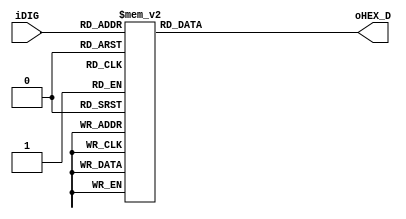
module SEG
(
	iDIG,
	oHEX_D
);

input [3:0] iDIG;
output [6:0] oHEX_D;   
reg [6:0] oHEX_D;

always @(iDIG) 
    begin
			case(iDIG)
			4'h0: oHEX_D <= 7'b1000000; //0  
			4'h1: oHEX_D <= 7'b1111001; //1
			4'h2: oHEX_D <= 7'b0100100; //2
			4'h3: oHEX_D <= 7'b0110000; //3
			4'h4: oHEX_D <= 7'b0011001; //4
			4'h5: oHEX_D <= 7'b0010010; //5
			4'h6: oHEX_D <= 7'b0000010; //6
			4'h7: oHEX_D <= 7'b1111000; //7
			4'h8: oHEX_D <= 7'b0000000; //8
			4'h9: oHEX_D <= 7'b0011000; //9
			4'ha: oHEX_D <= 7'b0001000; //a
			4'hb: oHEX_D <= 7'b0000011; //b
			4'hc: oHEX_D <= 7'b1000110; //c
			4'hd: oHEX_D <= 7'b0100001; //d
			4'he: oHEX_D <= 7'b0000110; //e
			4'hf: oHEX_D <= 7'b0001110; //f
	     default: oHEX_D <= 7'b1000000; //0
			endcase
		end

endmodule